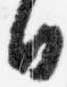
日